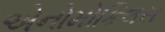
એનોમોકિલસ